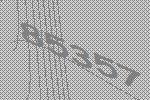
85357